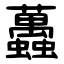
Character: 䘍